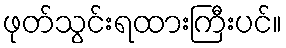
ဖုတ်သွင်းရထားကြီးပင်။